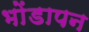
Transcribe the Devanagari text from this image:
भोंडापन